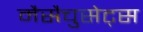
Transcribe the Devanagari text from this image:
मैसैचुसेट्स